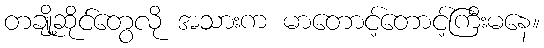
တချို့ဆိုင်တွေလို အသားက မာတောင့်တောင့်ကြီးမနေ။